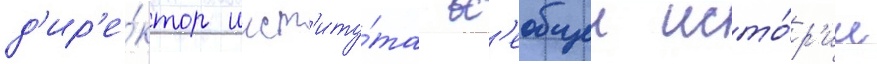
д'ир'е́ктор инст'иту́та вс'еобщеи исто́р'ии